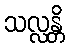
သလ္လန္တိ